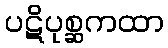
ပဋိပုစ္ဆကထာ